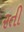
રતી